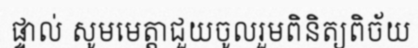
ផ្ទាល់ សូមមេត្តាជួយចូលរួមពិនិត្យពិច័យ